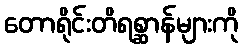
တောရိုင်းတိရစ္ဆာန်များကို